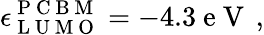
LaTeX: \epsilon_{\mathrm{~L~U~M~O~}}^{\mathrm{~P~C~B~M~}}=-4.3\mathrm{~e~V~}\, ,